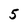
Character: 5